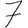
Digit: 7